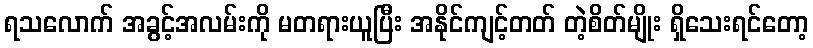
ရသလောက် အခွင့်အလမ်းကို မတရားယူပြီး အနိုင်ကျင့်တတ် တဲ့စိတ်မျိုး ရှိသေးရင်တော့